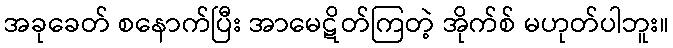
အခုခေတ် စနောက်ပြီး အာမေဋိတ်ကြတဲ့ အိုက်စ် မဟုတ်ပါဘူး။